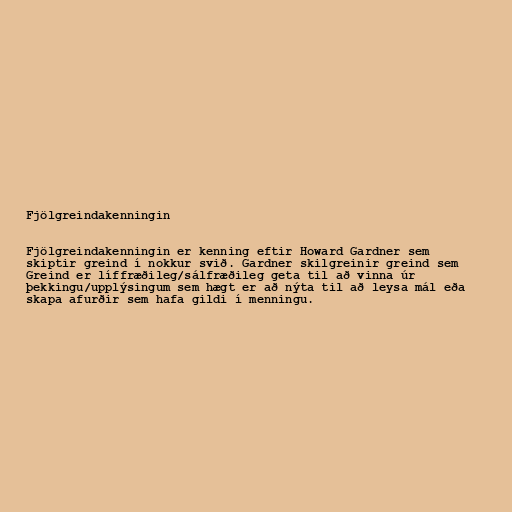
Fjölgreindakenningin

Fjölgreindakenningin er kenning eftir Howard Gardner sem
skiptir greind í nokkur svið. Gardner skilgreinir greind sem
Greind er líffræðileg/sálfræðileg geta til að vinna úr
þekkingu/upplýsingum sem hægt er að nýta til að leysa mál eða
skapa afurðir sem hafa gildi í menningu.